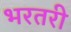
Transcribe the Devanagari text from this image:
भरतरी